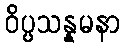
ဝိပ္ပသန္နမနာ